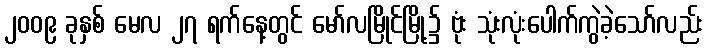
၂၀၀၉ ခုနှစ် မေလ ၂၇ ရက်နေ့တွင် မော်လမြိုင်မြို့၌ ဗုံး သုံးလုံးပေါက်ကွဲခဲ့သော်လည်း